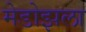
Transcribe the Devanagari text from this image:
मेडोझला